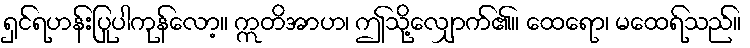
ရှင်ရဟန်းပြုပါကုန်လော့။ ဣတိအာဟ၊ ဤသို့လျှောက်၏။ ထေရော၊ မထေရ်သည်။